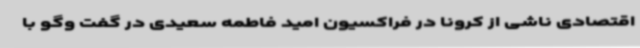
اقتصادی ناشی از کرونا در فراکسیون امید فاطمه سعیدی در گفت ‌وگو با